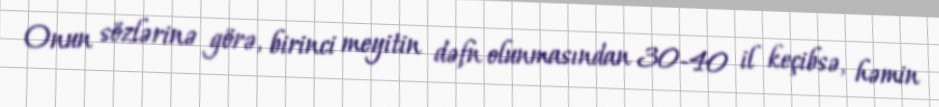
Onun sözlərinə görə, birinci meyitin dəfn olunmasından 30-40 il keçibsə, həmin